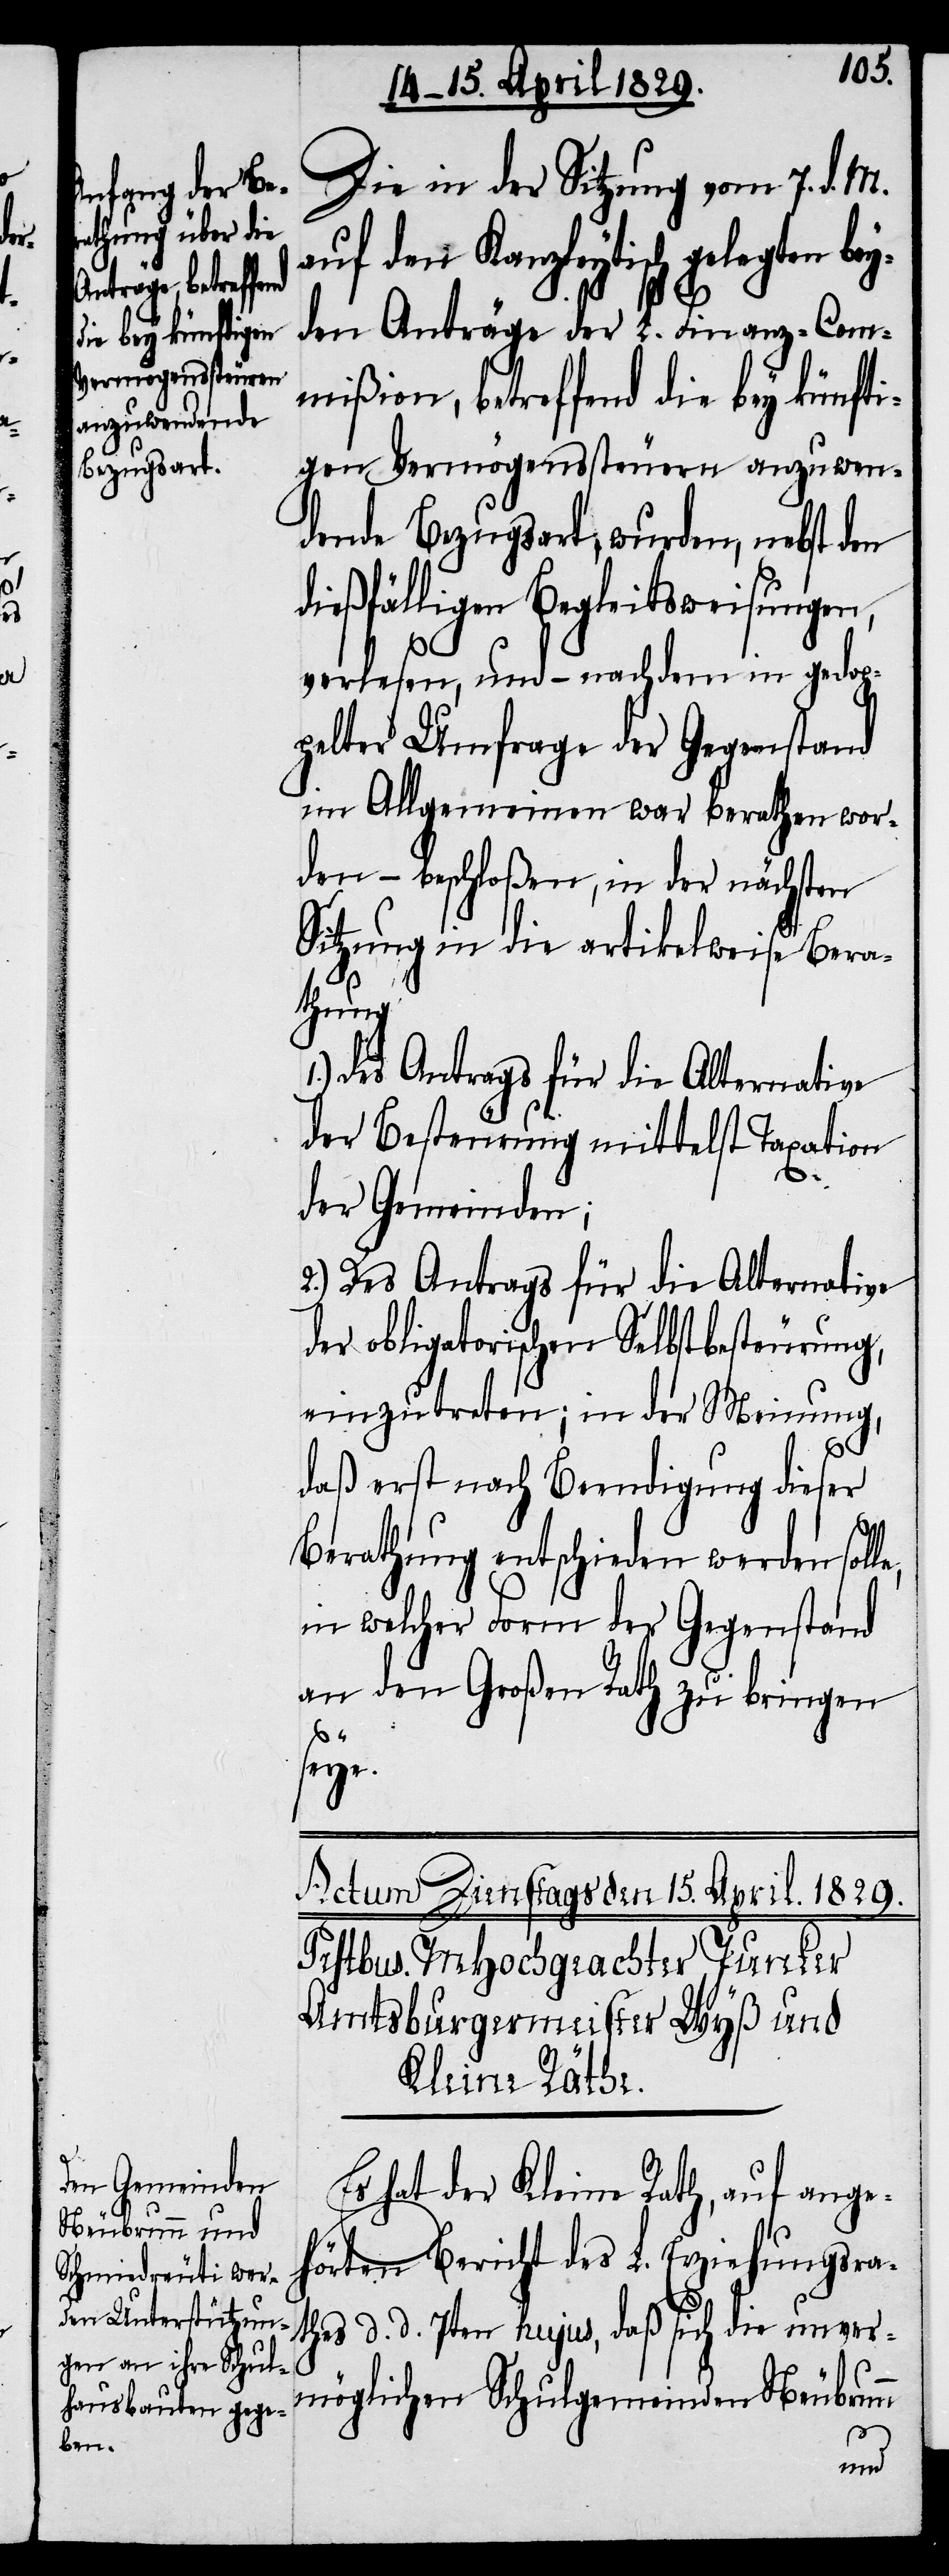
e,

Die in der Sitzung vom 7. d. M.
auf den Kanzleytisch gelegten
den Anträge der L. Finanz-Com¬
mißion, betreffend die bey künft¬
igen Vermögenssteuern anzuwen¬
dende Bezugsart, wurden, nebst den
dießfälligen Begleitweisungen,
verlesen, und – nachdem in gedop¬
pelter Umfrage der Gegenstand
im Allgemeinen war berathen wor¬
den – beschloßen, in der nächsten
Sitzung in die artikelweise Bera¬
thung
der Besteurung mittelst Taxation
der Gemeinden;
2.) Des Antrags für die Alternative
der obligatorischen Selbstbesteurung,
einzutreten; in der Meinung,
daß erst nach Beendigung dieser
Berathung entschieden werden soll¬
in welcher Form der Gegenstand
an den Großen Rath zu bringen
seye.
Es hat der Kleine Rath, auf ange¬
hörten Bericht des L. Erziehungsra¬
thes d. d. 7ten hujus, daß sich die unver¬
möglichen Schulgemeinden Neubrunn